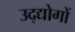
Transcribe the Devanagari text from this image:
उद्द्योगों